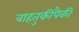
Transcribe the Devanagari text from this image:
वाहतुकीपैकी